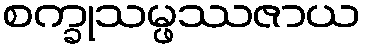
စက္ခုသမ္ဖဿဇာယ